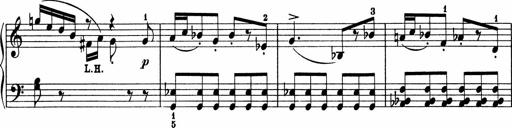
Title: 5 Sonatinen fÃ¼r die Jugend
Composer: Carl Reinecke